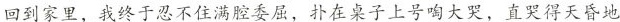
回到家里，我终于忍不住满腔委屈，扑在桌子上号啕大哭，直哭得天昏地